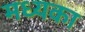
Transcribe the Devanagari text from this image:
मध्यका